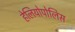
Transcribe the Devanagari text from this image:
हेलियोपोलिस